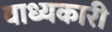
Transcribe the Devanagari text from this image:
वाध्यकारी